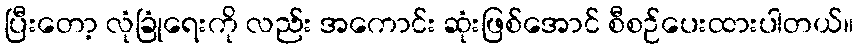
ပြီးတော့ လုံခြုံရေးကို လည်း အကောင်း ဆုံးဖြစ်အောင် စီစဉ်ပေးထားပါတယ်။